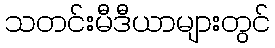
သတင်းမီဒီယာများတွင်